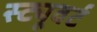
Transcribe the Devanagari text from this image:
स्ट्यूवर्ट